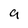
Character: 9